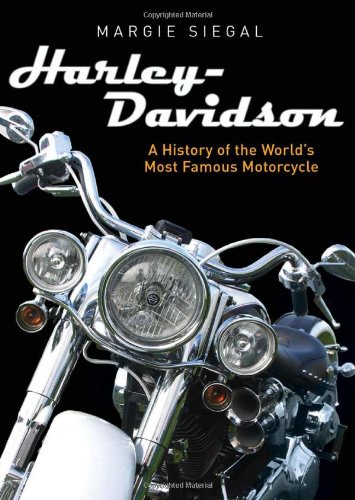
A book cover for Harley-Davidson: A History of the World's Most Famous Motorcycle (Shire General); Margie Siegal; Humor & Entertainment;